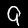
Label: 9